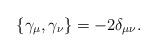
LaTeX: \begin{align*} \{\gamma_\mu,\gamma_\nu\}=-2\delta_{\mu\nu}.\end{align*}